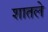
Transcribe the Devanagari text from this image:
शातले